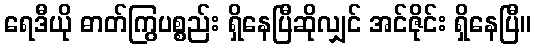
ရေဒီယို ဓာတ်ကြွပစ္စည်း ရှိနေပြီဆိုလျှင် အင်ဇိုင်း ရှိနေပြီ။